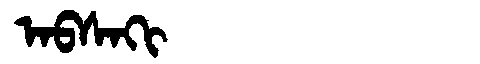
Manchu: ᠠᠪᠰᠠᡴᡳ
Romanization: ABSAKI